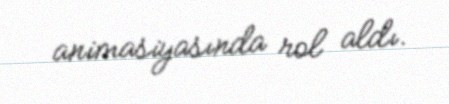
animasiyasında rol aldı.